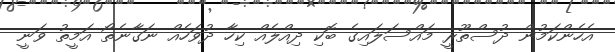
އެހެންކަމުން ދުސްތޫރީ މައްސަލައިގެ ބޮކި ދިއްލެއް ކިހާ ދުވަހެއް ނަގާނެތޯ އަމީތު ވަނީ